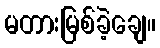
မတားမြစ်ခဲ့ချေ။